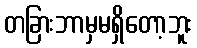
တခြားဘာမှမရှိတော့ဘူး